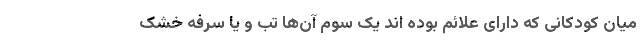
میان کودکانی که دارای علائم بوده اند یک سوم آن‌ها تب و یا سرفه خشک